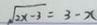
\sqrt { 2 x - 3 } = 3 - x